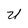
Character: U